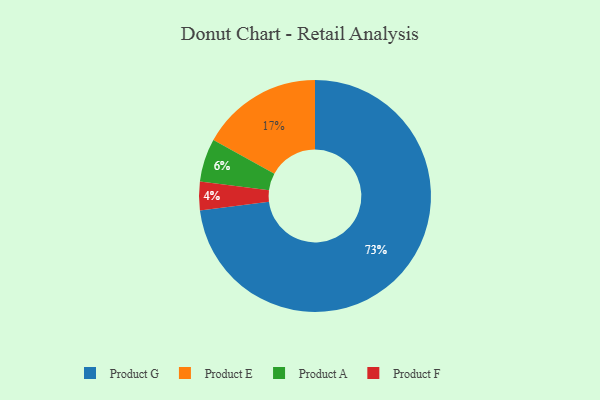
{"axis": {"x": "Category", "y": "Percentage"}, "legend": ["Product A", "Product E", "Product F", "Product G"], "data": [{"x": "Product A", "y": 6, "type": "Product A"}, {"x": "Product F", "y": 4, "type": "Product F"}, {"x": "Product G", "y": 73, "type": "Product G"}, {"x": "Product E", "y": 17, "type": "Product E"}]}